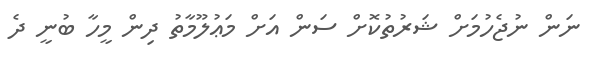
ނަން ނުޖެހުމަށް ޝަރުތުކޮށް ސަން އަށް މަޢުލޫމާތު ދިން މީހާ ބުނީ ދެ